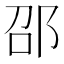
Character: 邵